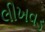
લીખવડ